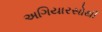
અગિયારસોથી